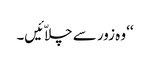
‘‘ وہ زور سے چلاّئیں۔